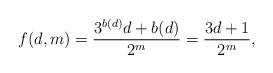
LaTeX: \begin{align*}f(d,m)= \frac{3^{b(d)}d + b(d)}{2^m} = \frac{3d+1}{2^m},\end{align*}